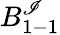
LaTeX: B_{1-1}^{\mathscr{I}}